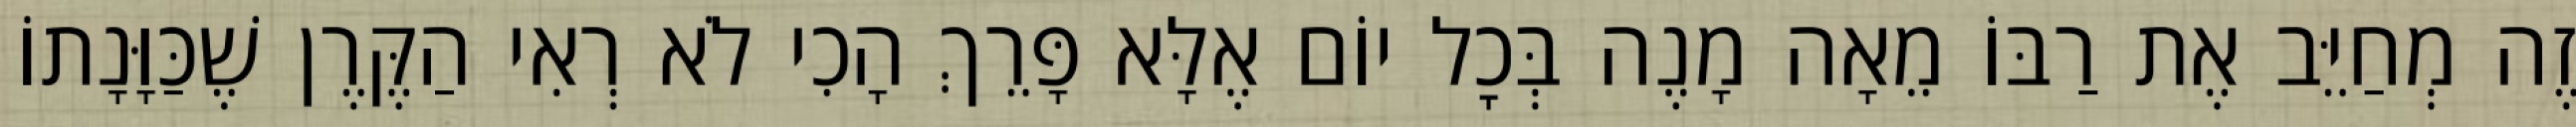
זֶה מְחַיֵּב אֶת רַבּוֹ מֵאָה מָנֶה בְּכׇל יוֹם אֶלָּא פָּרֵךְ הָכִי לֹא רְאִי הַקֶּרֶן שֶׁכַּוָּנָתוֹ